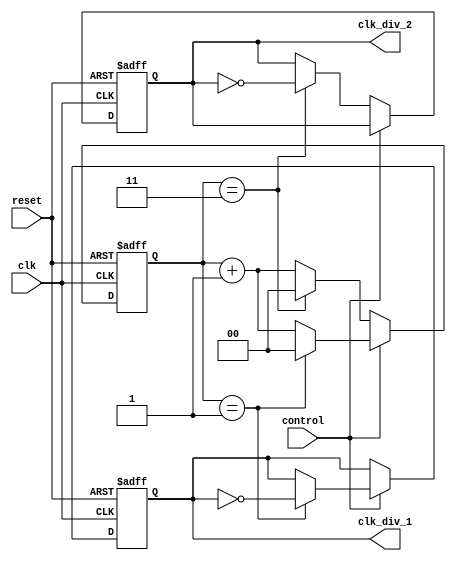
module dual_modulus_clock_divider (
  input wire clk,
  input wire reset,
  input wire control,
  output reg clk_div_1,
  output reg clk_div_2
);

reg [1:0] counter;

always @(posedge clk or posedge reset) begin
  if (reset) begin
    counter <= 2'b00;
    clk_div_1 <= 1'b0;
    clk_div_2 <= 1'b0;
  end else begin
    if (control) begin
      if (counter == 2'b01) begin
        counter <= 2'b00;
        clk_div_1 <= ~clk_div_1;
      end else begin
        counter <= counter + 1;
      end
    end else begin
      if (counter == 2'b11) begin
        counter <= 2'b00;
        clk_div_2 <= ~clk_div_2;
      end else begin
        counter <= counter + 1;
      end
    end
  end
end

endmodule